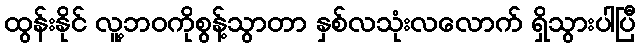
ထွန်းနိုင် လူ့ဘဝကိုစွန့်သွာတာ နှစ်လသုံးလလောက် ရှိသွားပါပြီ